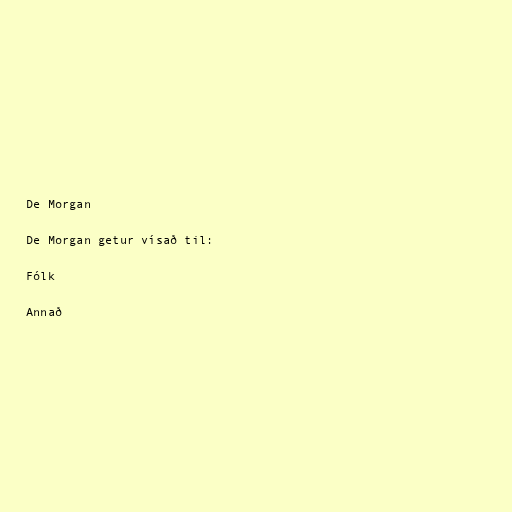
De Morgan

De Morgan getur vísað til:

Fólk

Annað